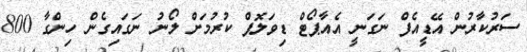
ސަރުކާރުން އޭޑީއެފް ނަގަނީ އެއާޕޯޓް ޑިވަލޮޕް ކުރުމަށް ލޯނު ނަގައިގެން ހިންގާ 800